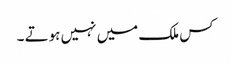
کس ملک میں نہیں ہوتے ۔